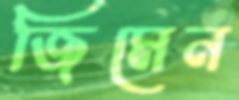
জিমেন